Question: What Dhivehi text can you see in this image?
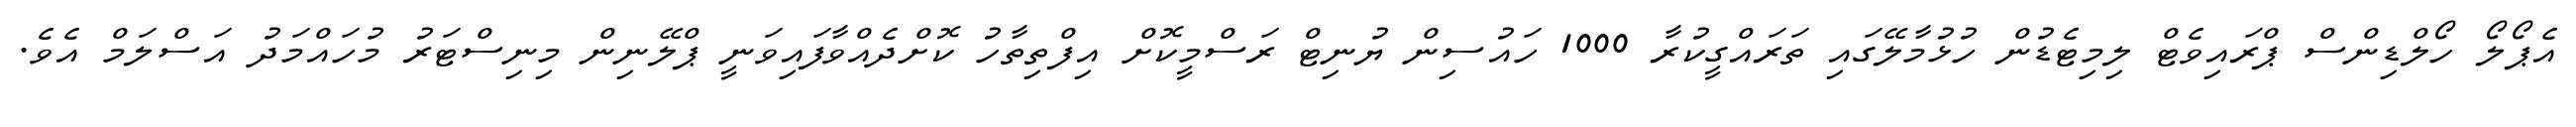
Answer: އެޕޯލޯ ހޯލްޑިންސް ޕްރައިވެޓް ލިމިޓެޑުން ހުޅުމާލޭގައި ތަރައްގީކުރާ 1000 ހައުސިން ޔުނިޓް ރަސްމީކޮށް އިފްތިތާހު ކޮށްދެއްވާފައިވަނީ ޕްލޭނިން މިނިސްޓަރު މުހައްމަދު އަސްލަމް އެވެ.